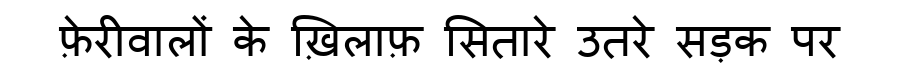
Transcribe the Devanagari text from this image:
फ़ेरीवालों के ख़िलाफ़ सितारे उतरे सड़क पर